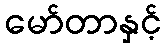
မော်တာနှင့်